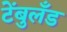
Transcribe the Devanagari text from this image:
टेंबुलँड